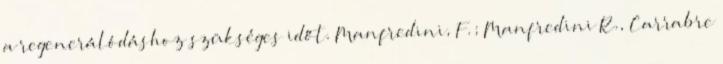
a regenerálódáshoz szükséges időt. Manfredini, F.; Manfredini R., Carrabre